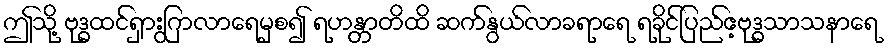
ဤသို့ ဗုဒ္ဓထင်ရှားြွကလာရေမှစ၍ ရဟန္တာတိထိ ဆက်နွယ်လာခရာရေ ရခိုင်ပြည်ဧ့ဗုဒ္ဓသာသနာရေ